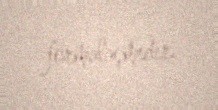
formalaşmıdır.